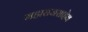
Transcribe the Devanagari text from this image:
महाराजसाहेब